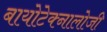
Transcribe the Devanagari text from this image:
बायोटेक्नालोजी